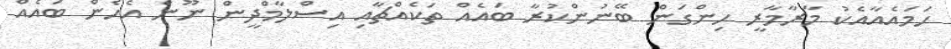
ހަމައެއާއެކު މާރާމާރީ ހިންގަން ބޭނުންކުރާ ބައެއް ތަކެއްޗާއި އިސްލާމްދީން ނޫން އެހެން ބައެއް